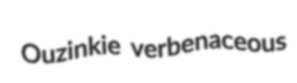
Ouzinkie verbenaceous